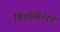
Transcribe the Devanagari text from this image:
किलोमीटरने